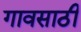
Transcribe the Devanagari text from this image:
गावसाठी